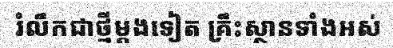
រំលឹកជាថ្មីម្តងទៀត គ្រឹះស្ថានទាំងអស់